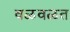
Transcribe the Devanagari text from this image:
वळवळत